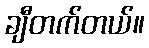
ချီတက်တယ်။